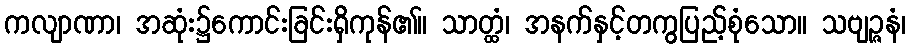
ကလျာဏာ၊ အဆုံး၌ကောင်းခြင်းရှိကုန်၏။ သာတ္ထံ၊ အနက်နှင့်တကွပြည့်စုံသော။ သဗျဉ္ဇနံ၊